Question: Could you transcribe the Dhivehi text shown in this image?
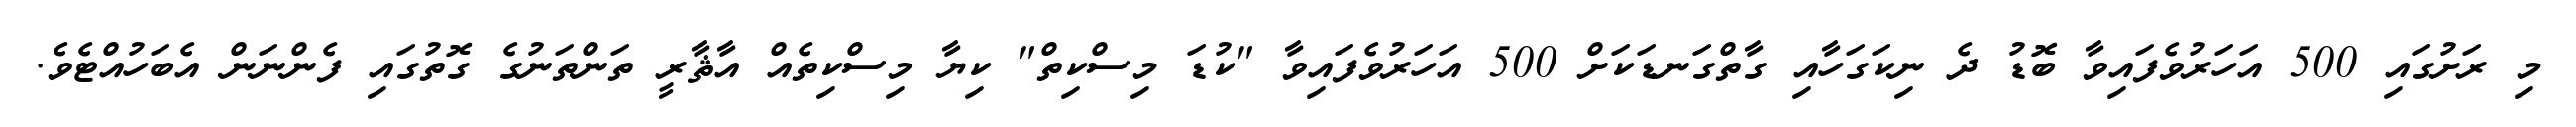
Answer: މި ރަށުގައި 500 އަހަރުވެފައިވާ ބޮޑު ދެ ނިކަގަހާއި ގާތްގަނޑަކަށް 500 އަހަރުވެފައިވާ "ކުޑަ މިސްކިތް" ކިޔާ މިސްކިތެއް އާޘާރީ ތަންތަނުގެ ގޮތުގައި ފެންނަން އެބަހުއްޓެވެ.